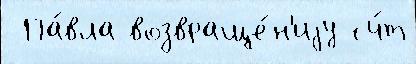
 Па́вла возвраще́н'иjу сч́т